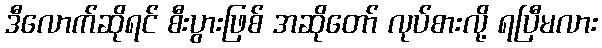
ဒီလောက်ဆိုရင် စီးပွားဖြစ် အဆိုတော် လုပ်စားလို့ ရပြီမလား